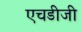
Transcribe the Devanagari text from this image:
एचडीजी